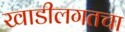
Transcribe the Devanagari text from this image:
खाडीलगतचा